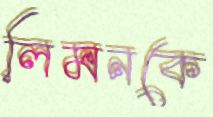
লিমনকে